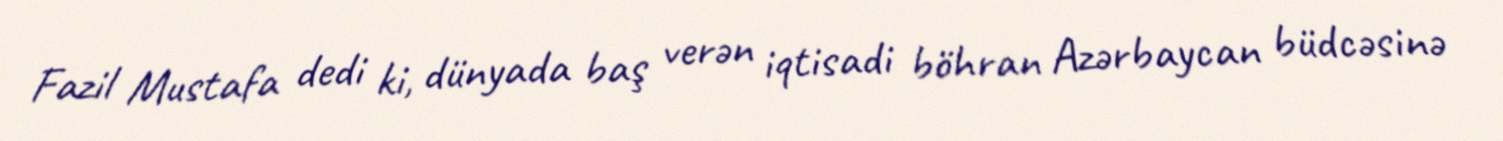
Fazil Mustafa dedi ki, dünyada baş verən iqtisadi böhran Azərbaycan büdcəsinə